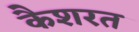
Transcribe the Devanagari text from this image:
कैशरत